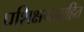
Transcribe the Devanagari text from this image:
प्रशिक्षणासहित